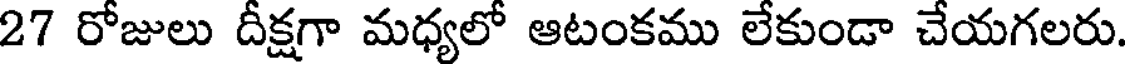
27 రోజులు దీక్షగా మధ్యలో ఆటంకము లేకుండా చేయగలరు